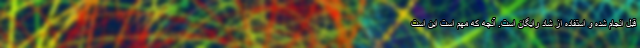
قبل انجام شده و استفاده از شاد رایگان است. آنچه که مهم است این است